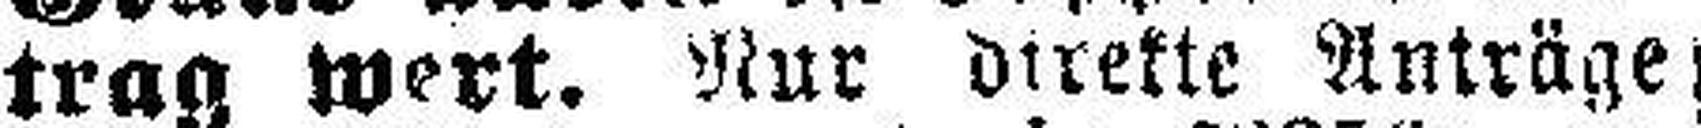
trag wert. Nur direkte Anträge